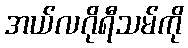
အယ်လဂိုရီသမ်ကို